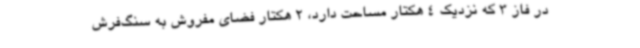
در فاز 3 که نزدیک 4 هکتار مساحت دارد، 2 هکتار فضای مفروش به سنگ‌فرش